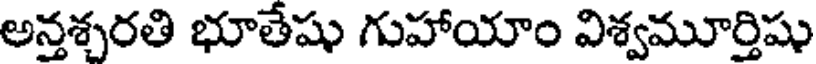
అన్తశ్చరతి భూతేషు గుహాయాం విశ్వమూర్తిషు